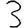
Digit: 3